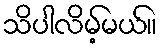
သိပါလိမ့်မယ်။